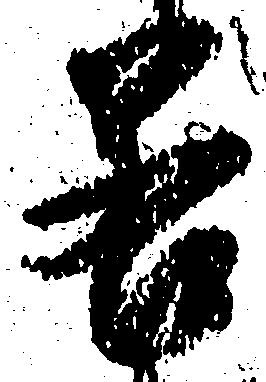
若